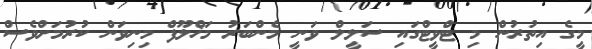
މީގެ އިތުރުން މި ޓްވީޓްގައި ސަލީލް ވަނީ މެންބަރު މަޚްލޫފް މިނިވަން ކުރުމަށްވެސް